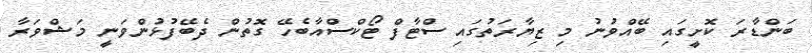
ބަންޑާރަ ކޮށީގައި ބޭއްވުނު މި ޒިޔާރަތުގައި ސްޓާފް ޓޯކްސްއާބެހޭ ގޮތުން ދެބޭފުޅުންވަނީ މަޝްވަރާ